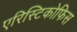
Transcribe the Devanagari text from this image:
एरिस्टिकोफिस